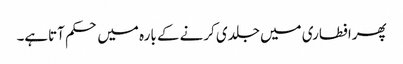
پھرافطاری میں جلدی کرنے کے بارہ میں حکم آتاہے۔